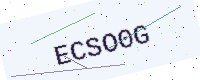
Text: ECSO0G